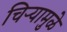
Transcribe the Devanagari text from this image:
चिऱ्यामुळे